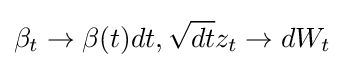
\beta _{t}\to \beta (t)dt,{\sqrt {dt}}z_{t}\to dW_{t}